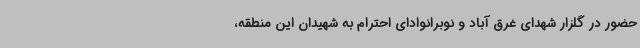
حضور در گلزار شهدای غرق آباد و نوبرانوادای احترام به شهیدان این منطقه،